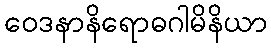
ဝေဒနာနိရောဓဂါမိနိယာ